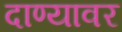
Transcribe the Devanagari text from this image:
दाण्यावर